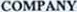
COMPANY